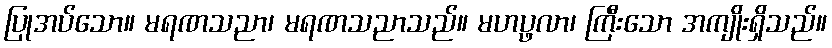
ပြုအပ်သော။ မရဏသညာ၊ မရဏသညာသည်။ မဟပ္ဖလာ၊ ကြီးသော အကျိုးရှိသည်။